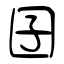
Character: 囝